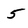
Character: 5